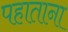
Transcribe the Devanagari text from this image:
पहाताना